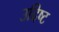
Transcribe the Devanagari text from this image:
उदिष्ट